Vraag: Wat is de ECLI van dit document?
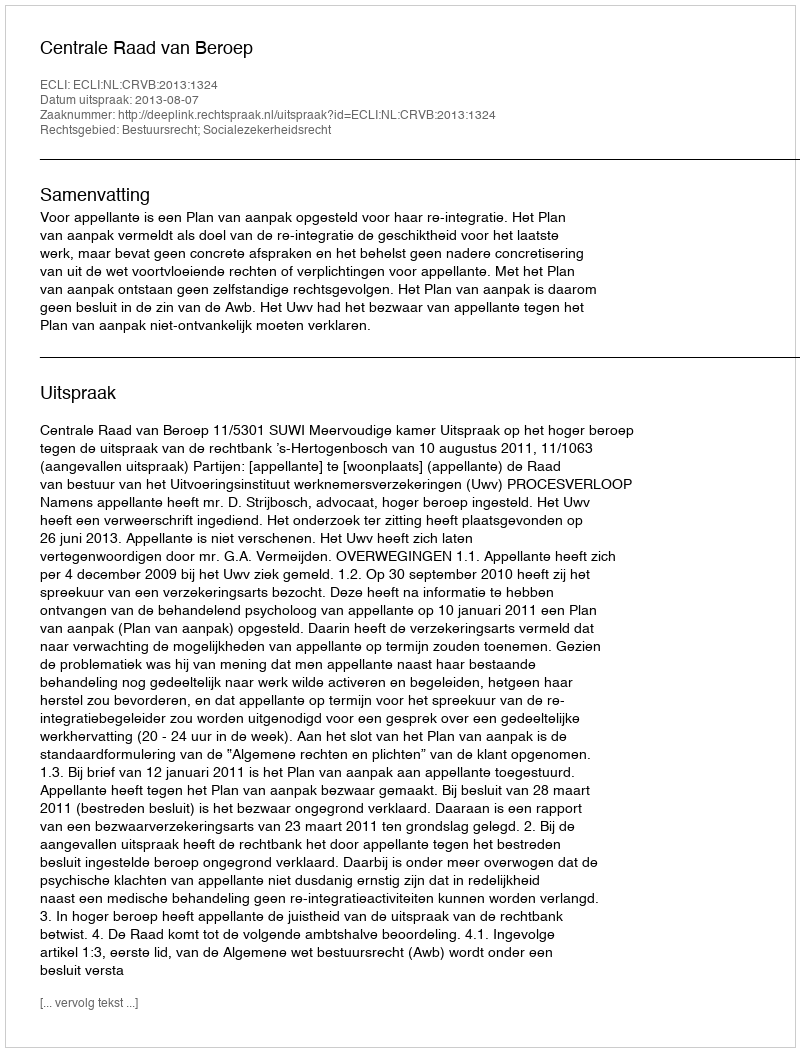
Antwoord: ECLI:NL:CRVB:2013:1324